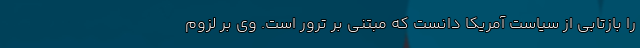
را بازتابی از سیاست آمریکا دانست که مبتنی بر ترور است. وی بر لزوم